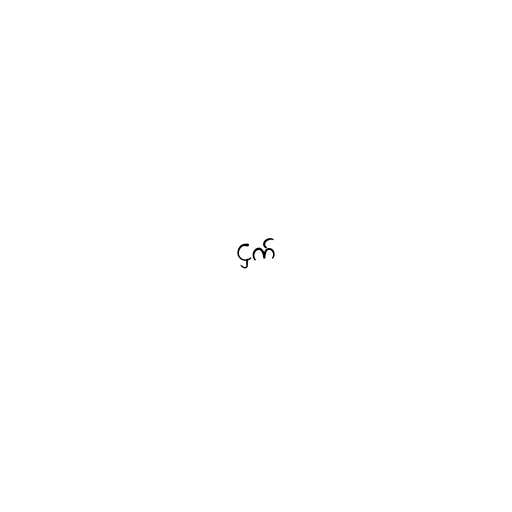
ငှက်